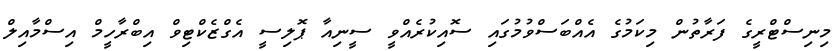
މިނިސްޓްރީގެ ފަރާތުން މިކަމުގެ އެއްބަސްވުމުގައި ސޮއިކުރެއްވީ ސީނިއާ ޕޮލިސީ އެގްޒެކްޓިވް އިބްރާހީމް އިސްމާއިލް